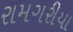
રામગરીયા